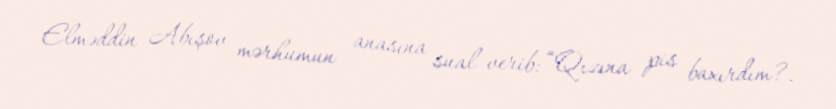
Elməddin Abışov mərhumun anasına sual verib: “Qızına pis baxırdım?.